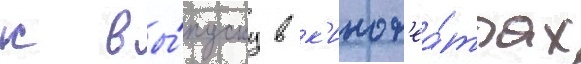
к вы́пуску в к'инот'еа́трах